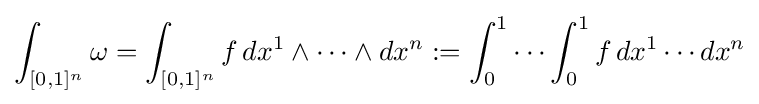
\int _{[0,1]^{n}}\omega =\int _{[0,1]^{n}}f\,dx^{1}\wedge \cdots \wedge dx^{n}:=\int _{0}^{1}\cdots \int _{0}^{1}f\,dx^{1}\cdots dx^{n}